Mental hospitals Bombay report 1921-28 - 1921-1928
Year: 1921
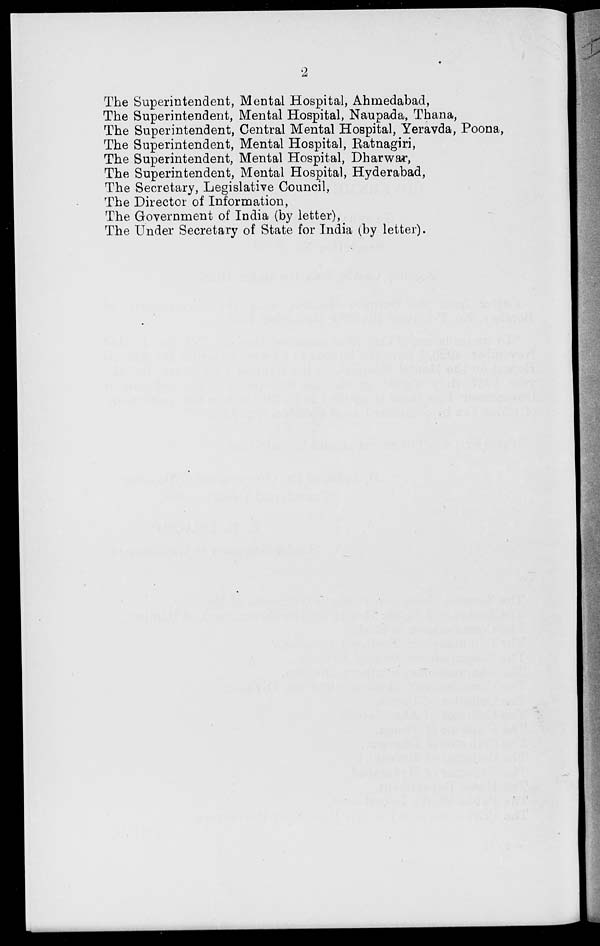
2
The Superintendent, Mental Hospital, Ahmedabad,
The Superintendent, Mental Hospital, Naupada, Thana,
The Superintendent, Central Mental Hospital, Yeravda, Poona,
The Superintendent, Mental Hospital, Ratnagiri,
The Superintendent, Mental Hospital, Dharwar,
The Superintendent, Mental Hospital, Hyderabad,
The Secretary, Legislative Council,
The Director of Information,
The Government of India (by letter),
The Under Secretary of State for India (by letter).